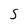
Character: S